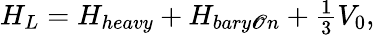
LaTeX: H_{L}=H_{heavy}+H_{bary\mathscr{O}n}+\textstyle{\frac{{1}}{{3}}}V_{0},